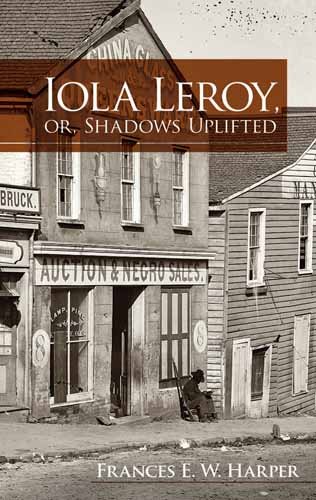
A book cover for Iola Leroy, or, Shadows Uplifted (Dover Books on Literature & Drama); Frances E. W. Harper; Literature & Fiction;